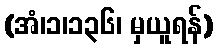
(အံ၊၁၊၁၃၆၊ မှယူရန်)